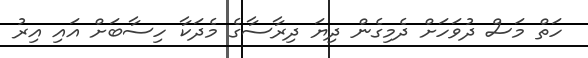
ހަތް މަސް ދުވަހަށް ދެމިގެން ދިޔަ ދިރާސާގެ މެދަކާ ހިސާބަށް އައި އިރު